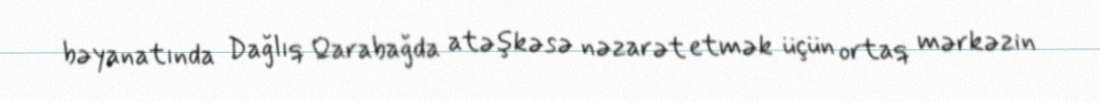
bəyanatında Dağlıq Qarabağda atəşkəsə nəzarət etmək üçün ortaq mərkəzin